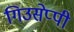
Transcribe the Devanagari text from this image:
गिउसेप्पी